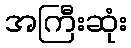
အကြီးဆုံး